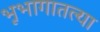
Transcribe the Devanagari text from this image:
भूभागातल्या